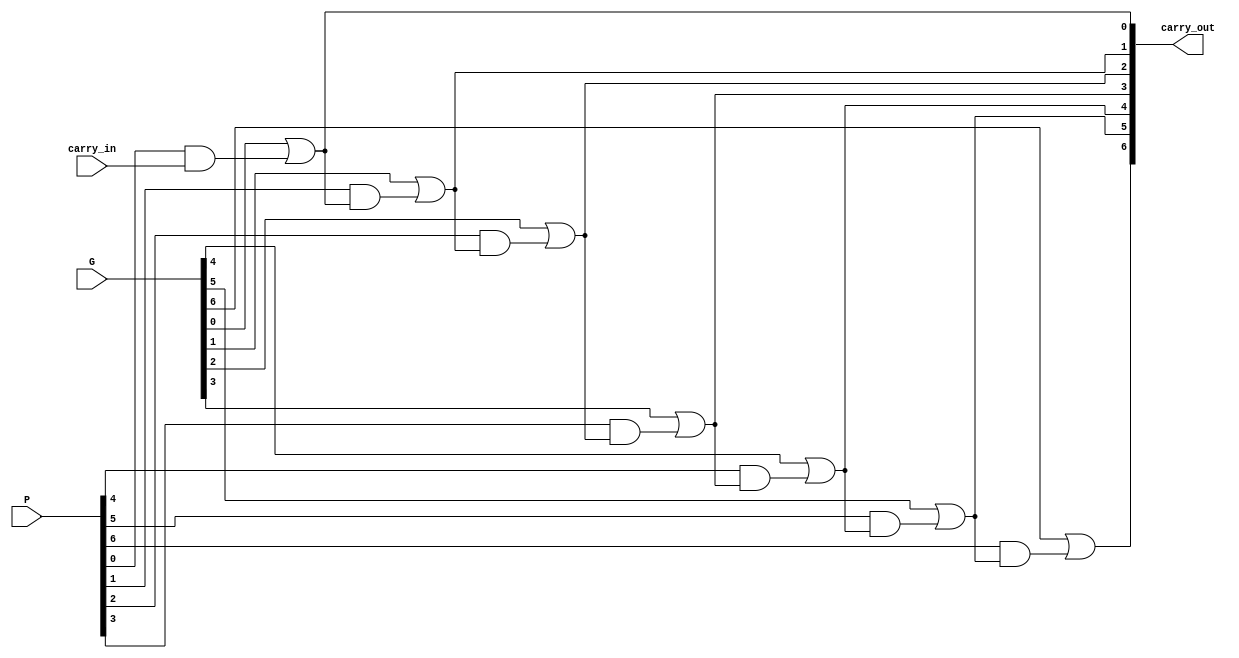
`timescale 1ns / 1ps
module carrylookaheadunit (input[6:0] P,G,
                          input carry_in,
                          output [6:0] carry_out);

assign  carry_out[0]=G[0]|(P[0]&carry_in);
assign  carry_out[1]=G[1]|(P[1]&carry_out[0]);
assign  carry_out[2]=G[2]|(P[2]&carry_out[1]);
assign  carry_out[3]=G[3]|(P[3]&carry_out[2]);
assign  carry_out[4]=G[4]|(P[4]&carry_out[3]);
assign  carry_out[5]=G[5]|(P[5]&carry_out[4]);
assign  carry_out[6]=G[6]|(P[6]&carry_out[5]);

endmodule